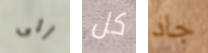
إلى كل جاد